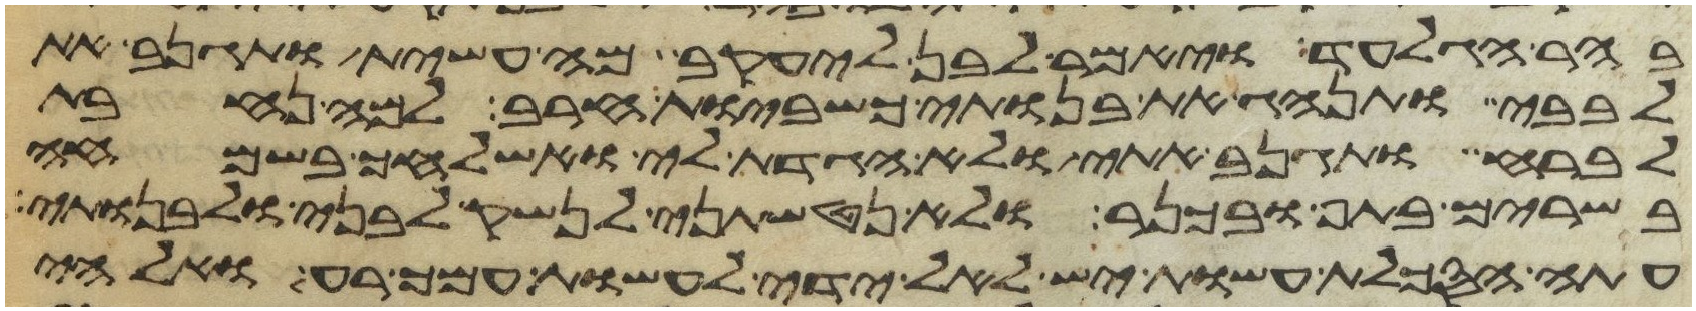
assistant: בהר הגלעד ויאמר לבן ליעקב מה עשית ותגנב את
לבבי ותנהג את בנותי כשביות חרב למה נחבת
לברח ותגנב אתי ולא הגדת לי ואשלחך בשמחה
בשרים בתף ובכנר ולא נטשתני לנשק לבני ולבנותי
עתה הסכלת עשות יש לאל ידי לעשות עמך רע ואלהי